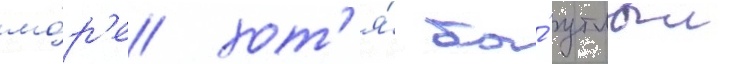
мо́р'е хот'я́ бы́ утлыи